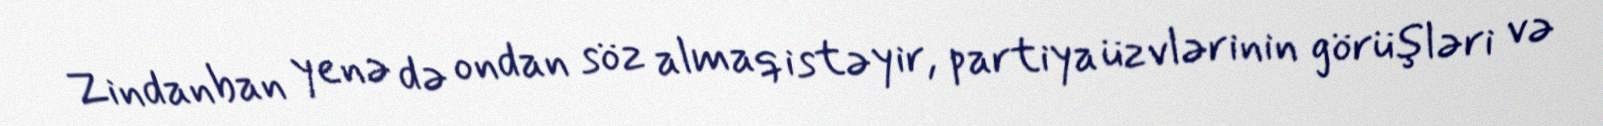
Zindanban yenə də ondan söz almaq istəyir, partiya üzvlərinin görüşləri və